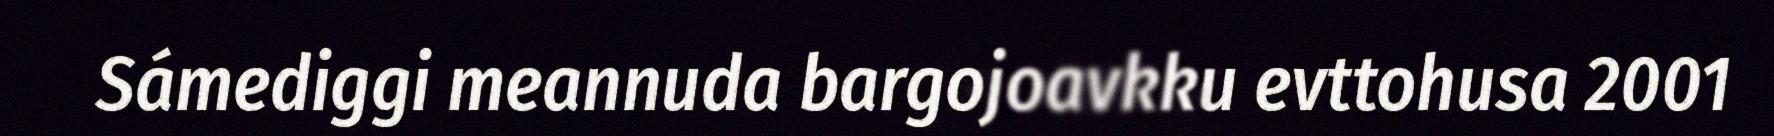
Sámediggi meannuda bargojoavkku evttohusa 2001